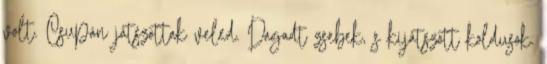
volt. Csupán játszottak veled. Dagadt zsebek, s kijátszott koldusok.